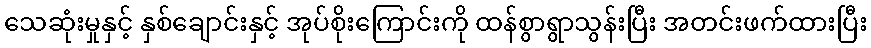
သေဆုံးမှုနှင့် နှစ်ချောင်းနှင့် အုပ်စိုးကြောင်းကို ထန်စွာရွာသွန်းပြီး အတင်းဖက်ထားပြီး